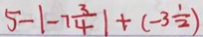
5 - \vert - 7 \frac { 3 } { 4 } \vert + ( - 3 \frac { 1 } { 2 } )